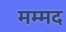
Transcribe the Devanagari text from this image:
मम्मद